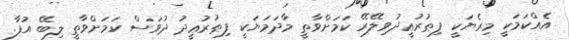
އެއްކަމަކީ މިރެޔަކީ ފިޠުރުޢީދުވިލޭރޭ ކަމަށްވާތީ މާދަމަޔަކީ ފިޠުރުޢީދު ދުވަސް ކަމަށްވާތީ ލިބޭ އުފާ.